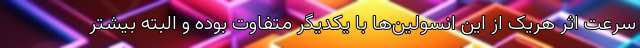
سرعت اثر هریک از این انسولین‌ها با یکدیگر متفاوت بوده و البته بیشتر